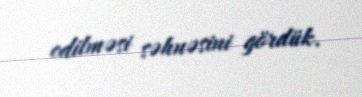
edilməsi səhnəsini gördük.